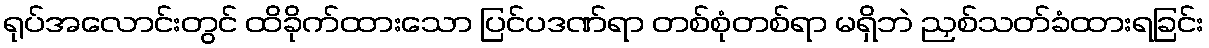
ရုပ်အလောင်းတွင် ထိခိုက်ထားသော ပြင်ပဒဏ်ရာ တစ်စုံတစ်ရာ မရှိဘဲ ညှစ်သတ်ခံထားရခြင်း